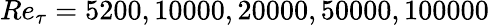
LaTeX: Re_{\tau}=5200,10000,20000,50000,100000